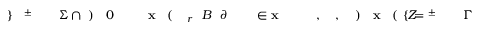
\! \! \! \! \! \! \! \! \! \! \! \Gamma \! \! \! \! \! \! \! \! \! \! \! \! ^ { \! \! \! \! \! \! \! \! \! \! \! \! \pm } \! \! \! \! \! \! \! \! \! \! \! \! = \! \! \! \! \! \! \! \! \! \! \! \! \{ Z \! \! \! \! \! \! \! \! \! \! \! \! ( \! \! \! \! \! \! \! \! \! \! \! \! \mathbf { x } \! \! \! \! \! \! \! \! \! \! \! \! ) \! \! \! \! \! \! \! \! \! \! \! \! , \! \! \! \! \! \! \! \! \! \! \! \! , \! \! \! \! \! \! \! \! \! \! \! \! \! \! \! \! \! \! \! \! \! \! \! \! \mathbf { x } \! \! \! \! \! \! \! \! \! \! \! \! \in \! \! \! \! \! \! \! \! \! \! \! \! \! \! \! \! \! \! \! \! \! \! \! \! \partial \! \! \! \! \! \! \! \! \! \! \! \! B \! \! \! \! \! \! \! \! \! \! \! \! _ { r } \! \! \! \! \! \! \! \! \! \! \! \! ( \! \! \! \! \! \! \! \! \! \! \! \! \mathbf { x } \! \! \! \! \! \! \! \! \! \! \! \! _ { \! } \! \! \! \! \! \! \! \! \! \! \! 0 \! \! \! \! \! \! \! \! \! \! \! \! ) \! \! \! \! \! \! \! \! \! \! \! \! \cap \! \! \! \! \! \! \! \! \! \! \! \! \Sigma \! \! \! \! \! \! \! \! \! \! \! \! ^ { \! \! \! \! \! \! \! \! \! \! \! \! \pm } \! \! \! \! \! \! \! \! \! \! \! \! \} \! \! \! \! \! \! \! \! \! \! \!